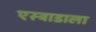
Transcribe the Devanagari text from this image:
एस्ट्राडाला